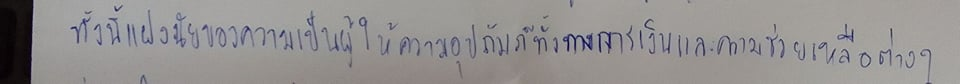
ทั้งนี้แฝงนัยของความเป็นผู้ให้ความอุปถัมภ์ทั้งทางการเงินและความช่วยเหลือต่างๆ